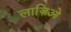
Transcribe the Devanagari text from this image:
लाज़िओ